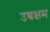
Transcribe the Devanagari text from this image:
उच्चक्षम